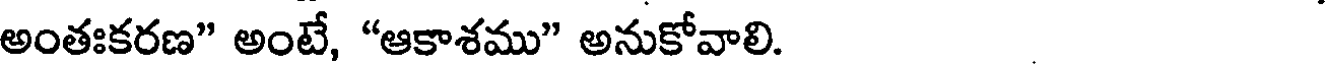
అంతఃకరణ" అంటే, "ఆకాశము" అనుకోవాలి.